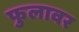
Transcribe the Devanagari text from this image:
फुलावर